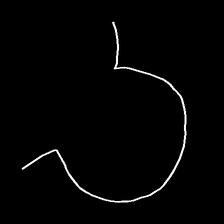
Glyph: weave